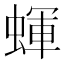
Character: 𧎊